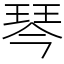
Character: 琴